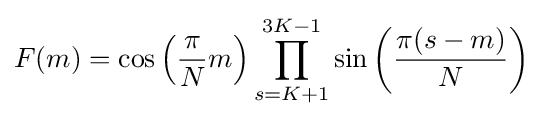
F(m)=\cos \left({\frac {\pi }{N}}m\right)\prod _{s=K+1}^{3K-1}\sin \left({\frac {\pi (s-m)}{N}}\right)